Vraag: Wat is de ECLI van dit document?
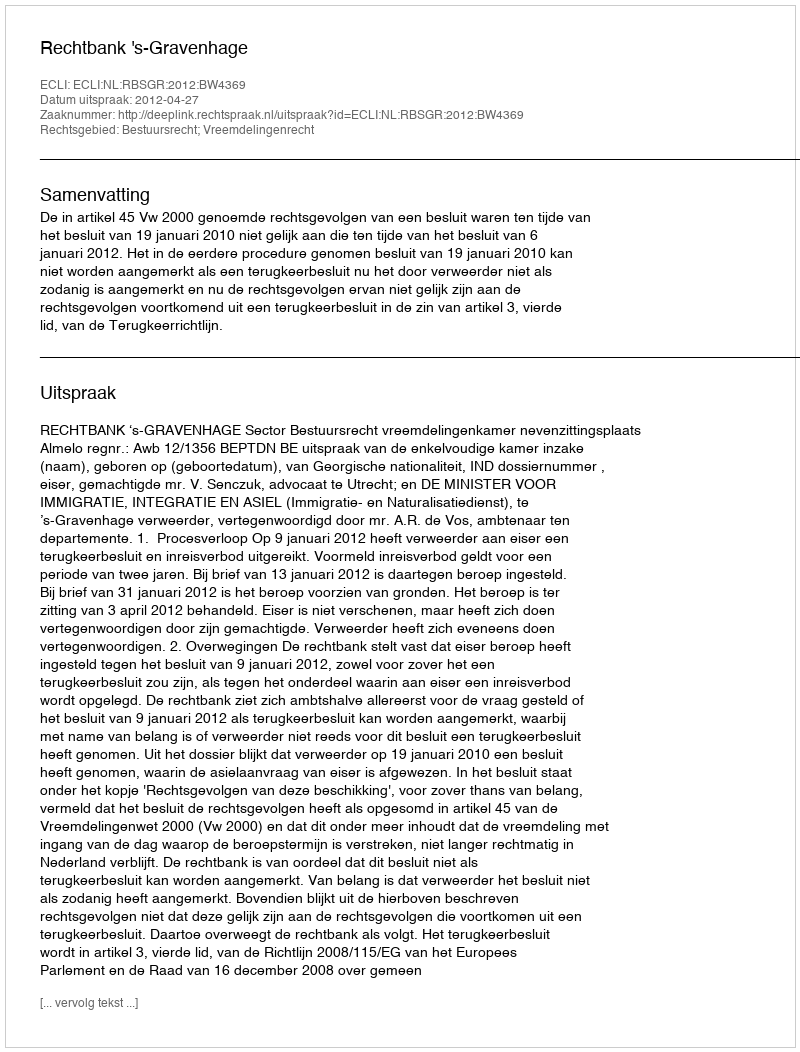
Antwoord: ECLI:NL:RBSGR:2012:BW4369